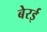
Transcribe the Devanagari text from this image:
बेरई